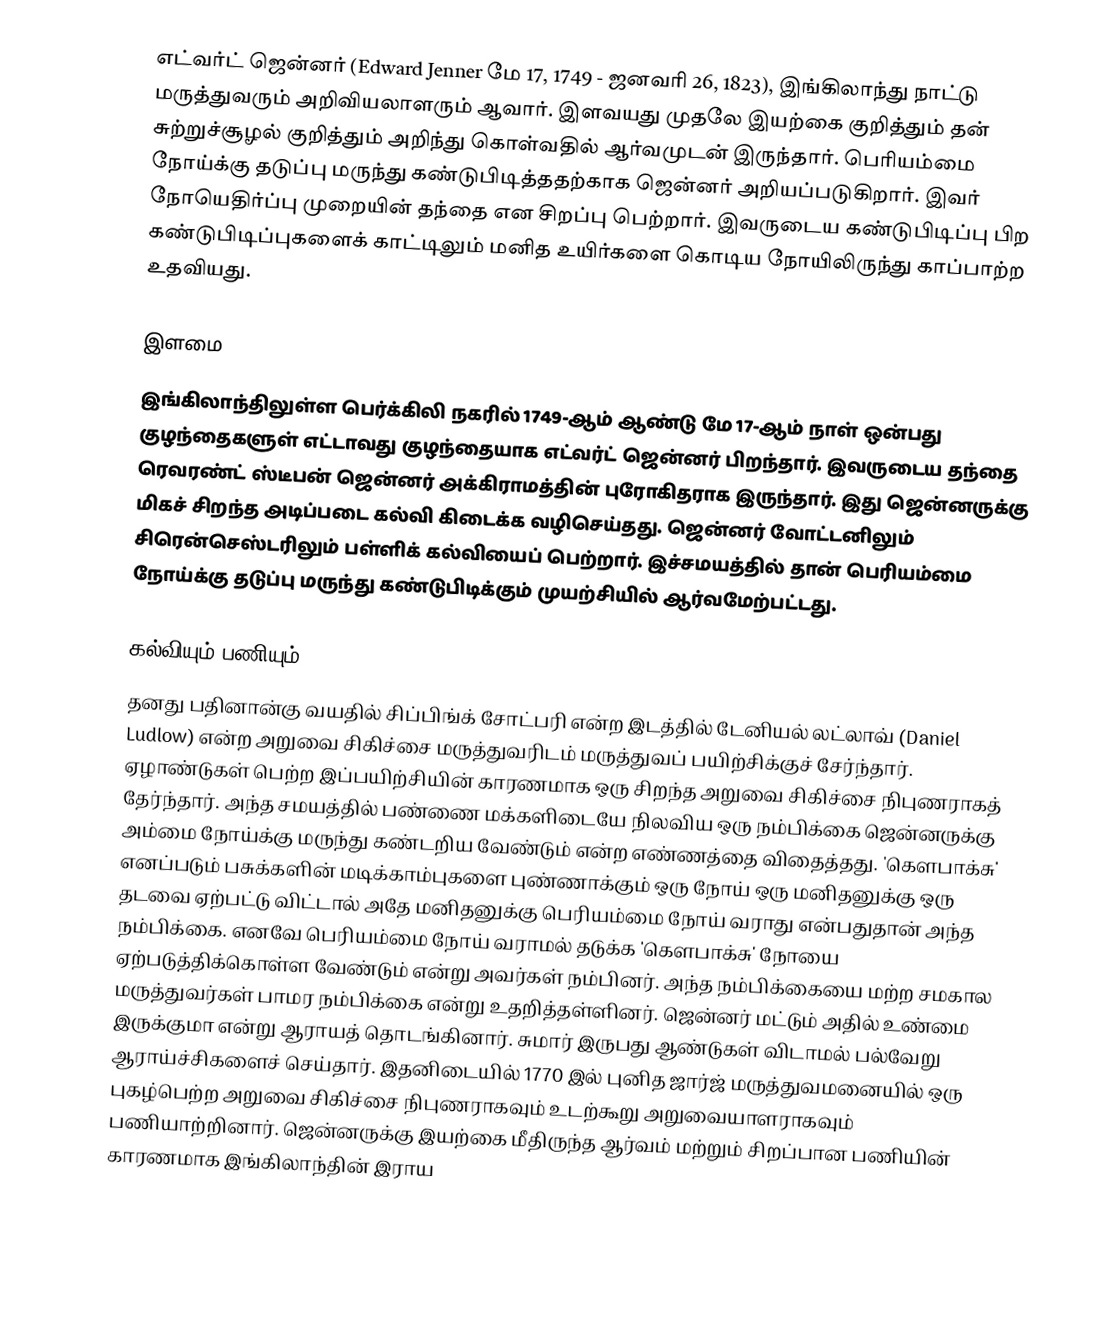
எட்வர்ட் ஜென்னர் (Edward Jenner மே 17, 1749 - ஜனவரி 26, 1823), இங்கிலாந்து நாட்டு மருத்துவரும் அறிவியலாளரும் ஆவார். இளவயது முதலே இயற்கை குறித்தும் தன் சுற்றுச்சூழல் குறித்தும் அறிந்து கொள்வதில் ஆர்வமுடன் இருந்தார். பெரியம்மை நோய்க்கு தடுப்பு மருந்து கண்டுபிடித்ததற்காக ஜென்னர் அறியப்படுகிறார். இவர் நோயெதிர்ப்பு முறையின் தந்தை என சிறப்பு பெற்றார். இவருடைய கண்டுபிடிப்பு பிற கண்டுபிடிப்புகளைக் காட்டிலும் மனித உயிர்களை கொடிய நோயிலிருந்து காப்பாற்ற உதவியது.

இளமை
இங்கிலாந்திலுள்ள பெர்க்கிலி நகரில் 1749-ஆம் ஆண்டு மே 17-ஆம் நாள் ஒன்பது குழந்தைகளுள் எட்டாவது குழந்தையாக எட்வர்ட் ஜென்னர் பிறந்தார்.  இவருடைய தந்தை ரெவரண்ட் ஸ்டீபன் ஜென்னர் அக்கிராமத்தின் புரோகிதராக இருந்தார். இது ஜென்னருக்கு மிகச் சிறந்த அடிப்படை கல்வி கிடைக்க வழிசெய்தது. ஜென்னர் வோட்டனிலும் சிரென்செஸ்டரிலும் பள்ளிக் கல்வியைப் பெற்றார். இச்சமயத்தில் தான் பெரியம்மை நோய்க்கு தடுப்பு மருந்து கண்டுபிடிக்கும் முயற்சியில் ஆர்வமேற்பட்டது.

கல்வியும் பணியும்
தனது பதினான்கு வயதில் சிப்பிங்க் சோட்பரி என்ற இடத்தில் டேனியல் லட்லாவ் (Daniel Ludlow) என்ற அறுவை சிகிச்சை மருத்துவரிடம் மருத்துவப் பயிற்சிக்குச் சேர்ந்தார். ஏழாண்டுகள் பெற்ற இப்பயிற்சியின் காரணமாக ஒரு சிறந்த அறுவை சிகிச்சை நிபுணராகத் தேர்ந்தார். அந்த சமயத்தில் பண்ணை மக்களிடையே நிலவிய ஒரு நம்பிக்கை ஜென்னருக்கு அம்மை நோய்க்கு மருந்து கண்டறிய வேண்டும் என்ற எண்ணத்தை விதைத்தது. 'கௌபாக்சு' எனப்படும் பசுக்களின் மடிக்காம்புகளை புண்ணாக்கும் ஒரு நோய் ஒரு மனிதனுக்கு ஒரு தடவை ஏற்பட்டு விட்டால் அதே மனிதனுக்கு பெரியம்மை நோய் வராது என்பதுதான் அந்த நம்பிக்கை. எனவே பெரியம்மை நோய் வராமல் தடுக்க 'கௌபாக்சு' நோயை ஏற்படுத்திக்கொள்ள வேண்டும் என்று அவர்கள் நம்பினர். அந்த நம்பிக்கையை மற்ற சமகால மருத்துவர்கள் பாமர நம்பிக்கை என்று உதறித்தள்ளினர். ஜென்னர் மட்டும் அதில் உண்மை இருக்குமா என்று ஆராயத் தொடங்கினார். சுமார் இருபது ஆண்டுகள் விடாமல் பல்வேறு ஆராய்ச்சிகளைச் செய்தார்.  இதனிடையில் 1770 இல் புனித ஜார்ஜ் மருத்துவமனையில் ஒரு புகழ்பெற்ற அறுவை சிகிச்சை நிபுணராகவும் உடற்கூறு அறுவையாளராகவும் பணியாற்றினார்.  ஜென்னருக்கு இயற்கை மீதிருந்த ஆர்வம் மற்றும் சிறப்பான பணியின் காரணமாக இங்கிலாந்தின் இராய